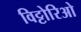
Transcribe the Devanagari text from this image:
विट्टोरिओ